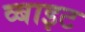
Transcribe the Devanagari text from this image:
व्बाइट